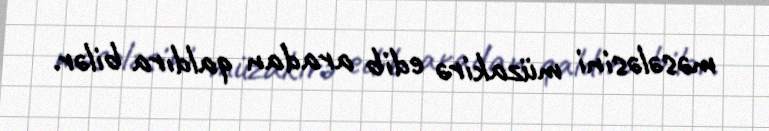
məsələsini müzakirə edib aradan qaldıra bilər.